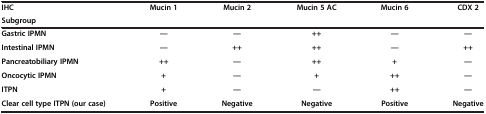
<table><thead><tr><td><b>IHC</b></td><td><b>Mucin 1</b></td><td><b>Mucin 2</b></td><td><b>Mucin 5 AC</b></td><td><b>Mucin 6</b></td><td><b>CDX 2</b></td></tr><tr><td><b>Subgroup</b></td><td><b> </b></td><td><b> </b></td><td><b> </b></td><td><b> </b></td><td><b> </b></td></tr></thead><tbody><tr><td><b>Gastric IPMN</b></td><td><b>—</b></td><td><b>—</b></td><td><b>++</b></td><td><b>—</b></td><td><b>—</b></td></tr><tr><td><b>Intestinal IPMN</b></td><td><b>—</b></td><td><b>++</b></td><td><b>++</b></td><td><b>—</b></td><td><b>++</b></td></tr><tr><td><b>Pancreatobiliary IPMN</b></td><td><b>++</b></td><td><b>—</b></td><td><b>++</b></td><td><b>+</b></td><td><b>—</b></td></tr><tr><td><b>Oncocytic IPMN</b></td><td><b>+</b></td><td><b>—</b></td><td><b>+</b></td><td><b>++</b></td><td><b>—</b></td></tr><tr><td><b>ITPN</b></td><td><b>+</b></td><td><b>—</b></td><td><b>—</b></td><td><b>++</b></td><td><b>—</b></td></tr><tr><td><b>Clear cell type ITPN (our case)</b></td><td><b>Positive</b></td><td><b>Negative</b></td><td><b>Negative</b></td><td><b>Positive</b></td><td><b>Negative</b></td></tr></tbody></table>